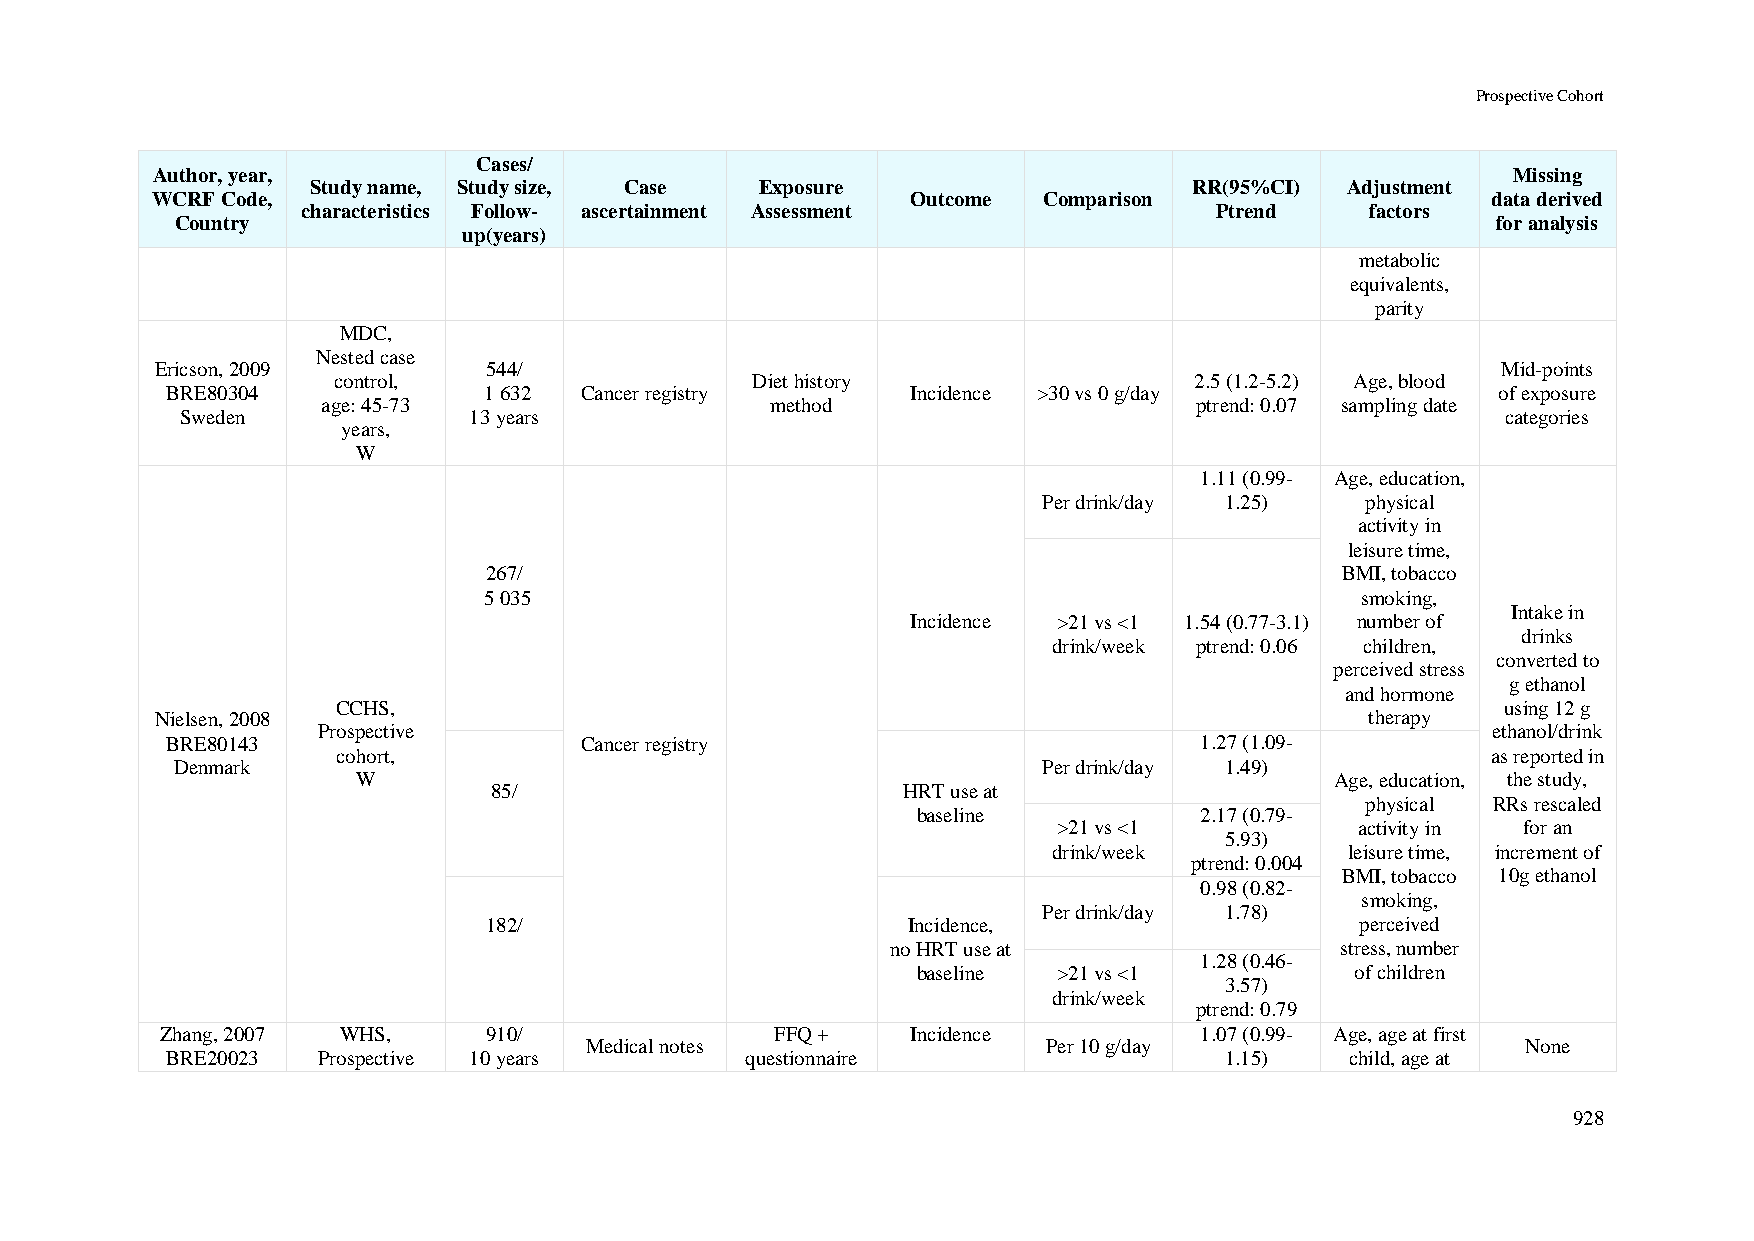
Prospective Cohort
 Cases/
 Author, year,                                                                             Missing
 Study name, Study size, Case Exposure                     RR(95%CI) Adjustment
 WCRF Code,                                        Outcome  Comparison                    data derived
 characteristics Follow- ascertainment Assessment            Ptrend     factors
 Country                                                                                for analysis
 up(years)
 metabolic
 equivalents,
 parity
 MDC,
 Nested case
 Ericson, 2009         544/                                                               Mid-points
 control,                    Diet history                 2.5 (1.2-5.2) Age, blood
 BRE80304             1 632 Cancer registry       Incidence >30 vs 0 g/day               of exposure
 age: 45-73                    method                      ptrend: 0.07 sampling date
 Sweden             13 years                                                             categories
 years,
 W
 1.11 (0.99- Age, education,
 Per drink/day 1.25)  physical
 activity in
 leisure time,
 267/                                                     BMI, tobacco
 5 035                                                     smoking,
 Intake in
 Incidence >21 vs <1 1.54 (0.77-3.1) number of
 drinks
 drink/week ptrend: 0.06 children,
 converted to
 perceived stress
 g ethanol
 and hormone
 CCHS,                                                                         using 12 g
 Nielsen, 2008                                                                    therapy
 Prospective                                                                   ethanol/drink
 BRE80143                   Cancer registry                          1.27 (1.09-
 cohort,                                                                      as reported in
 Denmark                                                  Per drink/day 1.49)
 W                                                               Age, education, the study,
 85/                        HRT use at
 physical RRs rescaled
 baseline          2.17 (0.79-
 >21 vs <1           activity in for an
 5.93)
 drink/week         leisure time, increment of
 ptrend: 0.004
 BMI, tobacco 10g ethanol
 0.98 (0.82-
 smoking,
 Per drink/day 1.78)
 182/                        Incidence,                    perceived
 no HRT use at                 stress, number
 1.28 (0.46-
 baseline >21 vs <1           of children
 3.57)
 drink/week
 ptrend: 0.79
 Zhang, 2007 WHS,     910/               FFQ +    Incidence          1.07 (0.99- Age, age at first
 Medical notes                 Per 10 g/day                    None
 BRE20023  Prospective 10 years        questionnaire                   1.15)   child, age at
 928